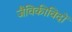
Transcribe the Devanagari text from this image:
जैविकीविदों